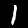
Label: 1